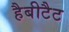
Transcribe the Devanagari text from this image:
हैबीटैट